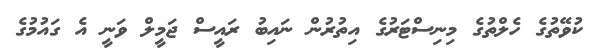
ކުވޭތުގެ ހެލްތުގެ މިނިސްޓަރުގެ އިތުރުން ނައިބު ރައީސް ޖަމީލް ވަނީ އެ ގައުމުގެ